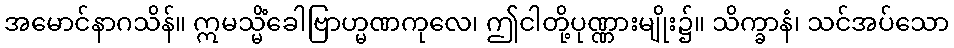
အမောင်နာဂသိန်။ ဣမသ္မိံခေါဗြာဟ္မဏကုလေ၊ ဤငါတို့ပုဏ္ဏားမျိုး၌။ သိက္ခာနံ၊ သင်အပ်သော